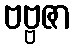
ဗဗ္ဗဇာ